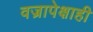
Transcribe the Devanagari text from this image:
वज्रापेक्षाही